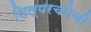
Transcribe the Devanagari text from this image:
शिल्परचनेची